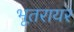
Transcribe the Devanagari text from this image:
भूतरायर